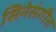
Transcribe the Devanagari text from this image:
सिनेसंगीत